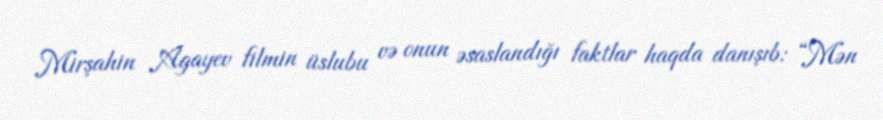
Mirşahin Agayev filmin üslubu və onun əsaslandığı faktlar haqda danışıb: “Mən